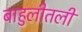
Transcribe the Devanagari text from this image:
बाहुलीतली